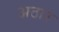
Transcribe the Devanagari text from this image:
अठार